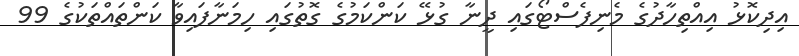
އިދިކޮޅު އިއްތިހާދުގެ މެނިފެސްޓޯގައި ދީނާ ގުޅޭ ކަންކަމުގެ ގޮތުގައި ހިމަނާފައިވާ ކަންތައްތަކުގެ 99